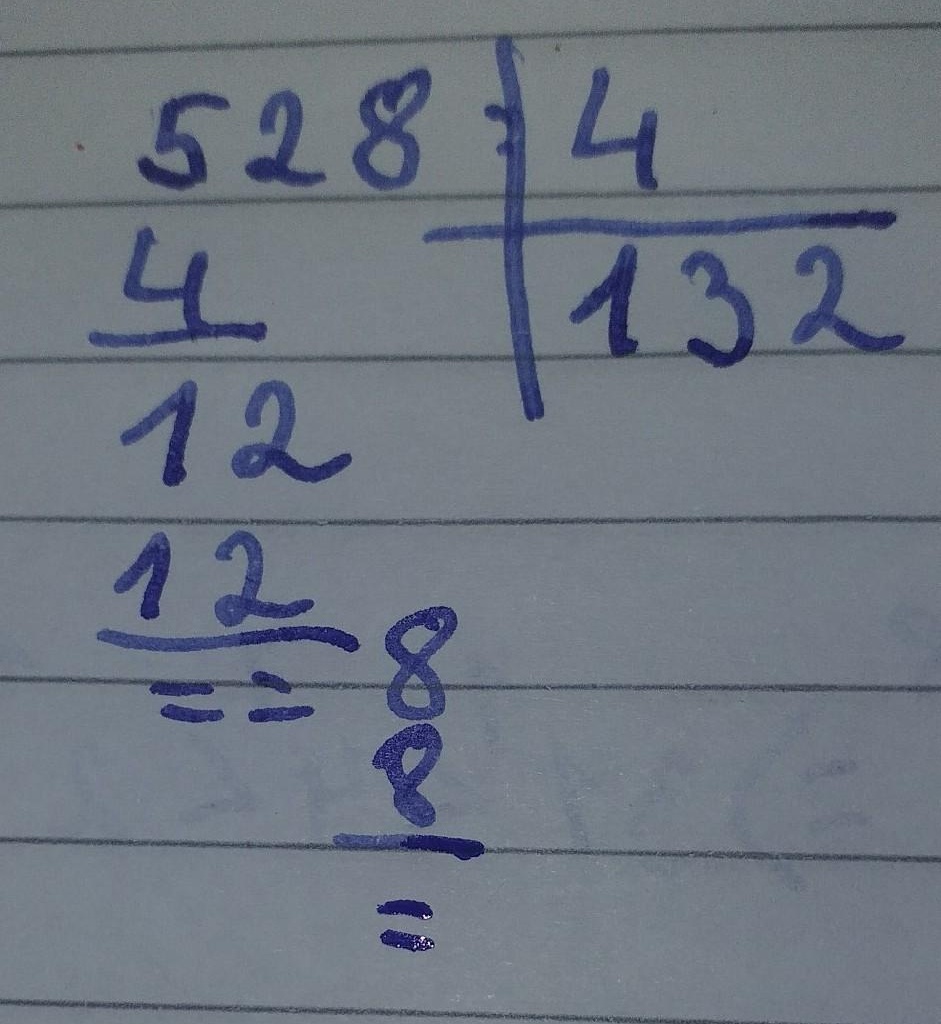
\[
\begin{array}{r}
132 \\
4\overline{)528} \\
\underline{4} \\
12 \\
\underline{12} \\
8 \\
\underline{8} \\
0
\end{array}
\]